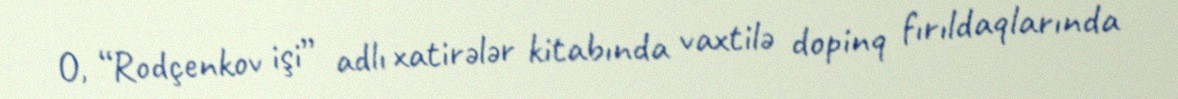
O, “Rodçenkov işi” adlı xatirələr kitabında vaxtilə dopinq fırıldaqlarında